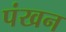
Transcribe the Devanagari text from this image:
पंखन